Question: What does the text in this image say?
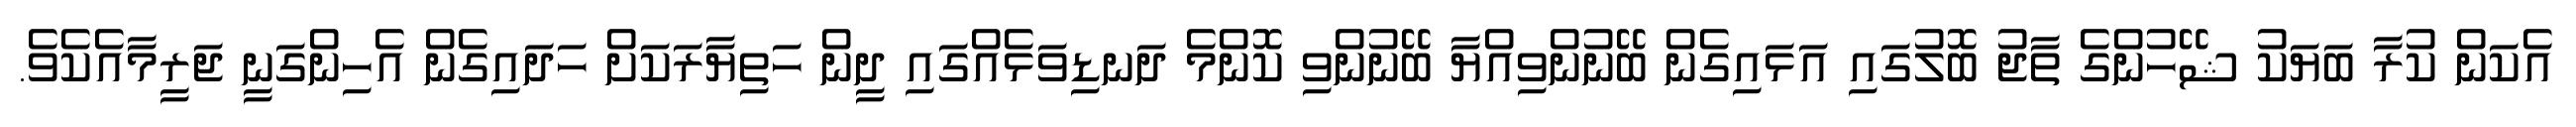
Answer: އެކަން ކުރާ ބަޔަކު ޝޭހުންގެ ތާޖު ބޮލުގައި އަޅައިގެން ބޭނުންވިއްޔާ ބޭނުންވި ކޮންމެ ދަނޑިވަޅެއްގައި ދީން ހަތިޔާރަކަށް ހަދައިގެން އެހިންގަނީ ޖަރީމާއެކެވެ.